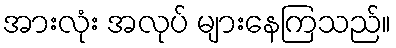
အားလုံး အလုပ် များနေကြသည်။